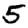
Digit: 5